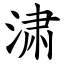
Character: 㴋